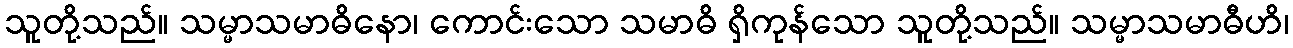
သူတို့သည်။ သမ္မာသမာဓိနော၊ ကောင်းသော သမာဓိ ရှိကုန်သော သူတို့သည်။ သမ္မာသမာဓီဟိ၊